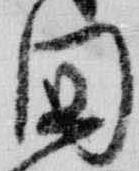
国